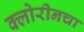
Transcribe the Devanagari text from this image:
क्लोरीनचा